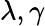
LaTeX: \lambda,\gamma